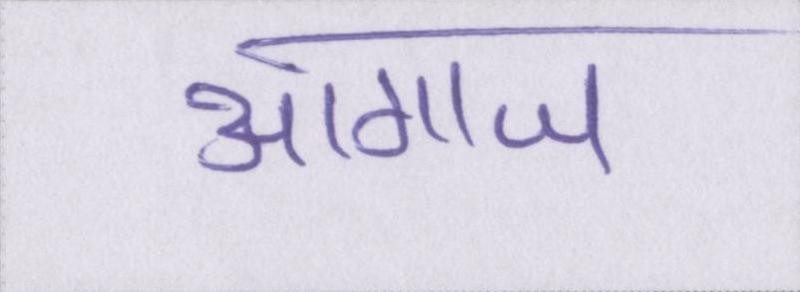
आगाज